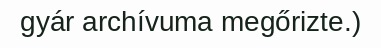
gyár archívuma megőrizte.)